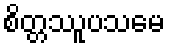
စိတ္တဿူပသမေ